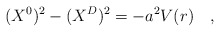
\begin{align*}(X^{0})^{2} - (X^{D})^{2} = - a^{2}V(r)\quad , \end{align*}